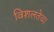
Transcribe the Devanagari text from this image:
विशलतेचा